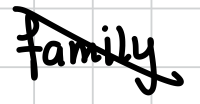
Text: family
Cross-out: diagonal
Writing tool: digital_black